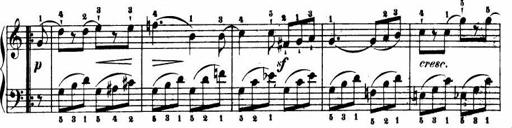
Title: Le bouquetier
Composer: Anton Diabelli
Key: G major
 C major
 F major
 C major